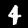
Label: 4